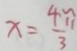
x = \frac { 4 \pi } { 3 }